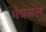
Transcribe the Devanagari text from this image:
मेघजल